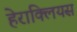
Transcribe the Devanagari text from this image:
हेराक्लियस